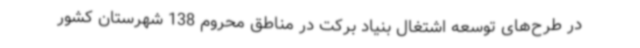
در طرح‌های توسعه اشتغال بنیاد برکت در مناطق محروم 138 شهرستان کشور